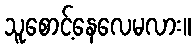
သူစောင့်နေလေမလား။